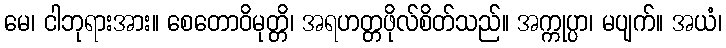
မေ၊ ငါဘုရားအား။ စေတောဝိမုတ္တိ၊ အရဟတ္တဖိုလ်စိတ်သည်။ အက္ကုပ္ပာ၊ မပျက်။ အယံ၊